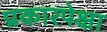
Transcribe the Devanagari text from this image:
प्रकारपेक्षा